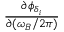
\frac { \partial \phi _ { \delta _ { i } } } { \partial ( \omega _ { B } / 2 \pi ) }